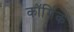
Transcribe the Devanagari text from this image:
कॉर्मिक